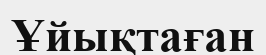
Ұйықтаған